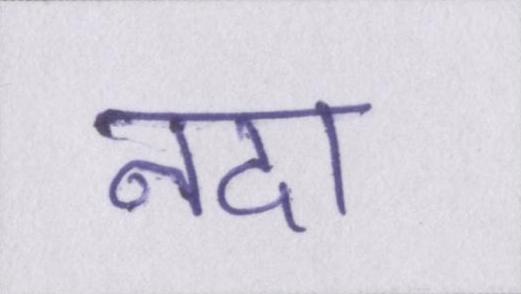
नदा